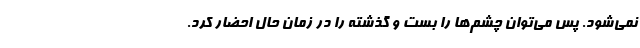
نمی‌شود. پس می‌توان چشم‌ها را بست و گذشته را در زمان حال احضار کرد.